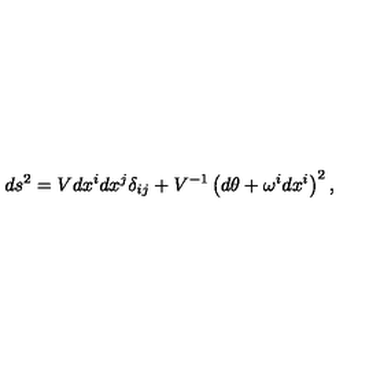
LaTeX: d s ^ { 2 } = V d x ^ { i } d x ^ { j } \delta _ { i j } + V ^ { - 1 } \left( d \theta + \omega ^ { i } d x ^ { i } \right) ^ { 2 } ,